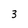
Character: 3